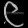
Digit: ၉